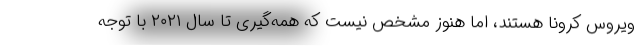
ویروس کرونا هستند، اما هنوز مشخص نیست که همه‌گیری تا سال ۲۰۲۱ با توجه